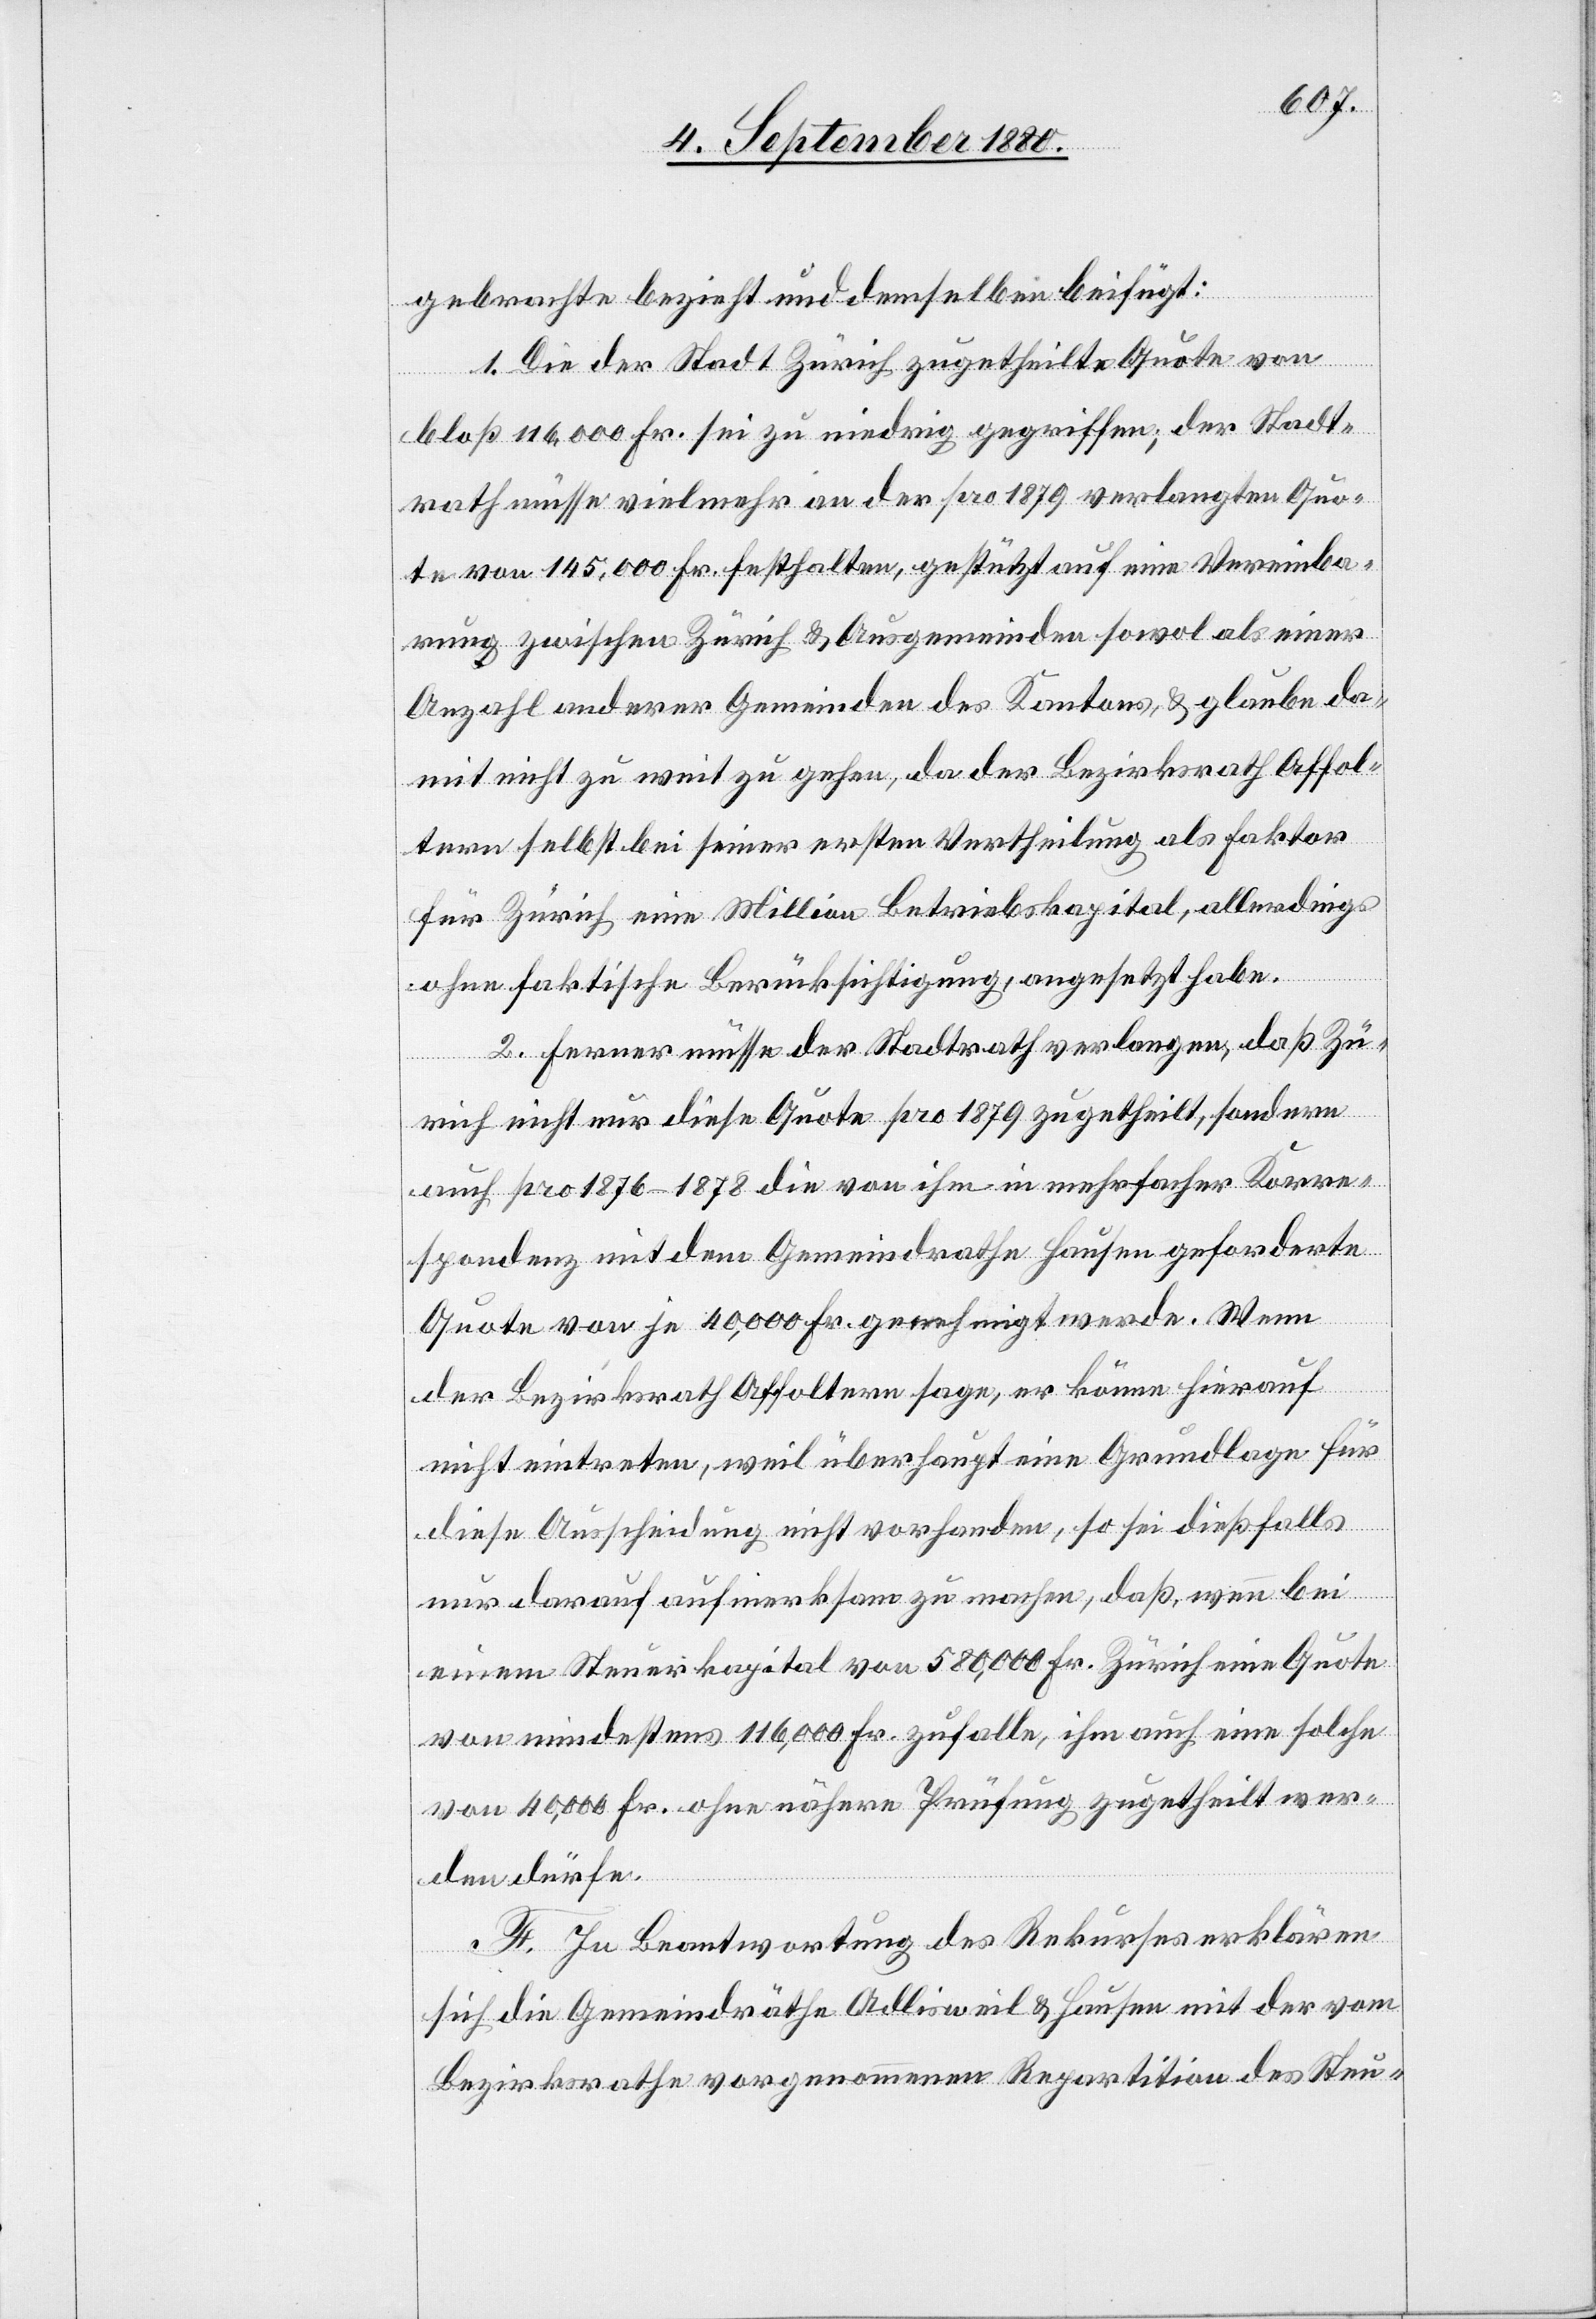
gebrachte bezieht und demselben beifügt:
1. Die der Stadt Zürich zugetheilte Quote von
bloß 116,000 Fr. sei zu niedrig gegriffen; der Stadt¬
rath müsse vielmehr an der pro 1879 verlangten Quo¬
te von 145,000 Fr. festhalten, gestützt auf eine Vereinba¬
rung zwischen Zürich & Ausgemeinden sowol als einer
Anzahl anderer Gemeinden des Kantons, & glaube da¬
mit nicht zu weit zu gehen, da der Bezirksrath Affol¬
tern selbst bei seiner ersten Vertheilung als Faktor
für Zürich eine Million Betriebskapital, allerdings
ohne faktische Berücksichtigung, angesetzt habe.
2. Ferner müsse der Stadtrath verlangen, daß Zü¬
rich nicht nur diese Quote pro 1879 zugetheilt, sondern
auch pro 1876–1878 die von ihm in mehrfacher Korre¬
spondenz mit dem Gemeindrathe Hausen geforderte
Quote von je 40,000 Fr. genehmigt werde. Wenn
der Bezirksrath Affoltern sage, er könne hierauf
nicht eintreten, weil überhaupt eine Grundlage für
diese Ausscheidung nicht vorhanden, so sei dießfalls
nur darauf aufmerksam zu machen, daß, wenn bei
einem Steuerkapital von 580,000 Fr. Zürich eine Quote
von mindestens 116,000 Fr. zufalle, ihm auch eine solche
von 40,000 Fr. ohne nähere Prüfung zugetheilt wer¬
den dürfe.
F. In Beantwortung des Rekurses erklären
sich die Gemeindräthe Adlisweil & Hausen mit der
Bezirksrathe vorgenommenen Repartition des Steu-